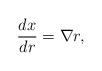
LaTeX: \begin{align*}\frac{dx}{dr} = \nabla r, \end{align*}